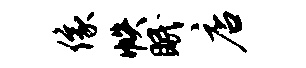
像帙眠店